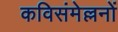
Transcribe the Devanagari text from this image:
कविसंमेल्लनों